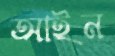
আইন